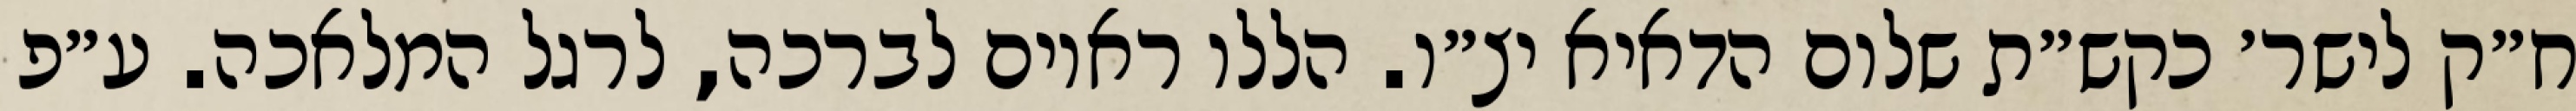
ח״ק לישר׳ כקש״ת שלום הדאיא יצ״ו. הללו ראוים לברכה, לרגל המלאכה. ע״פ